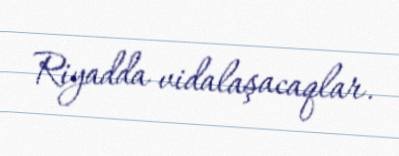
Riyadda vidalaşacaqlar.